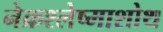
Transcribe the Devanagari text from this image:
नेक्रश्लेष्माशोथ